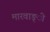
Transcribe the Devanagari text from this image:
मारवाङ्ी